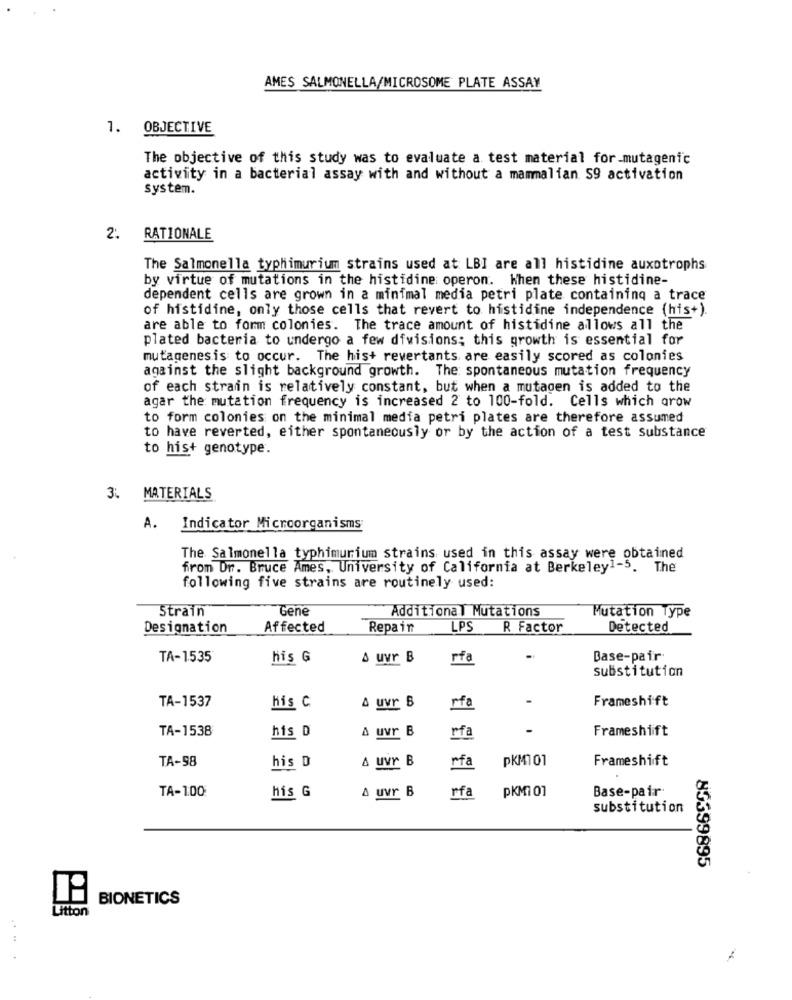
AMES SALMONELLA/MICROSOME PLATE ASSAY
1.
OBJECTIVE
The objective of this study was to evaluate a test material for-mutagenic
activity in a bacterial assay with and without a mammalian S9 activation
system.
2.
RATIONALE
The Salmonella typhimurium strains used at LBI are all histidine auxotrophs
by virtue of mutations in the histidine operon. When these histidine-
dependent cells are grown in a minimal media petri plate containing a trace
of histidine, only those cells that revert to histidine independence (his+).
are able to form colonies. The trace amount of histidine allows all the
plated bacteria to undergo a few divisions; this growth is essential for
mutagenesis to occur. The hist revertants are easily scored as colonies
against the slight background growth. The spontaneous mutation frequency
of each strain is relatively constant, but when a mutagen is added to the
agar the mutation frequency is increased 2 to 100-fold. Cells which arow
to form colonies on the minimal media petri plates are therefore assumed
to have reverted, either spontaneously or by the action of a test substance
to his+ genotype.
3. MATERIALS
A.
Indicator Microorganisms;
The Salmonella typhimurium strains used in this assay were obtained
from Dr. Bruce Ames, University of California at Berkeley1-5. The
following five strains are routinely used:
Gene
Additional Mutations
Strain
Mutation Type
Designation
Affected
Repain
LPS
R Factor
Detected
TA-1535
his G
& uvr B
rfa
Base-pair
substitution
TA-1537
Frameshift
his C
& uvr B
rfa
TA-1538
his D
A uvr B
Frameshift
rfa
TA-98
& uvr B
rfa
pKM101
his D
Frameshift
TA-100
his G
& uvr B
rfa
PKM1 01
Base-pair
substitution
85399895
BIONETICS
Litton
....